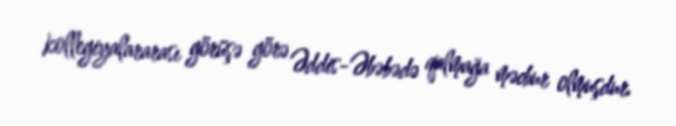
kollegiyalararası görüşə görə Əddis-Əbəbədə qalmağa məcbur olmuşdur.